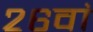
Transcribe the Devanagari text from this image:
२६वां